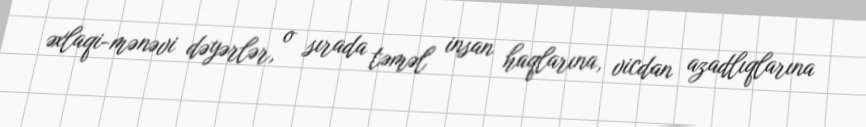
əxlaqi-mənəvi dəyərlər, o sırada təməl insan haqlarına, vicdan azadlıqlarına